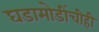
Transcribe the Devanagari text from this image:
घडामोडींचीही